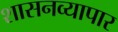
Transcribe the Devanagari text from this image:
शासनव्यापार